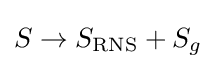
S\rightarrow S_{\text{RNS}}+S_{g}